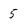
Character: 5